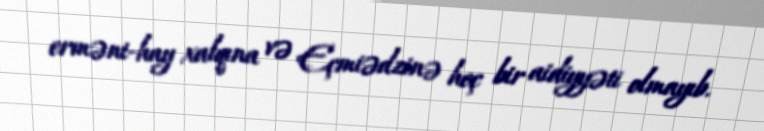
erməni-hay xalqına və Eçmiədzinə heç bir aidiyyəti olmayıb.